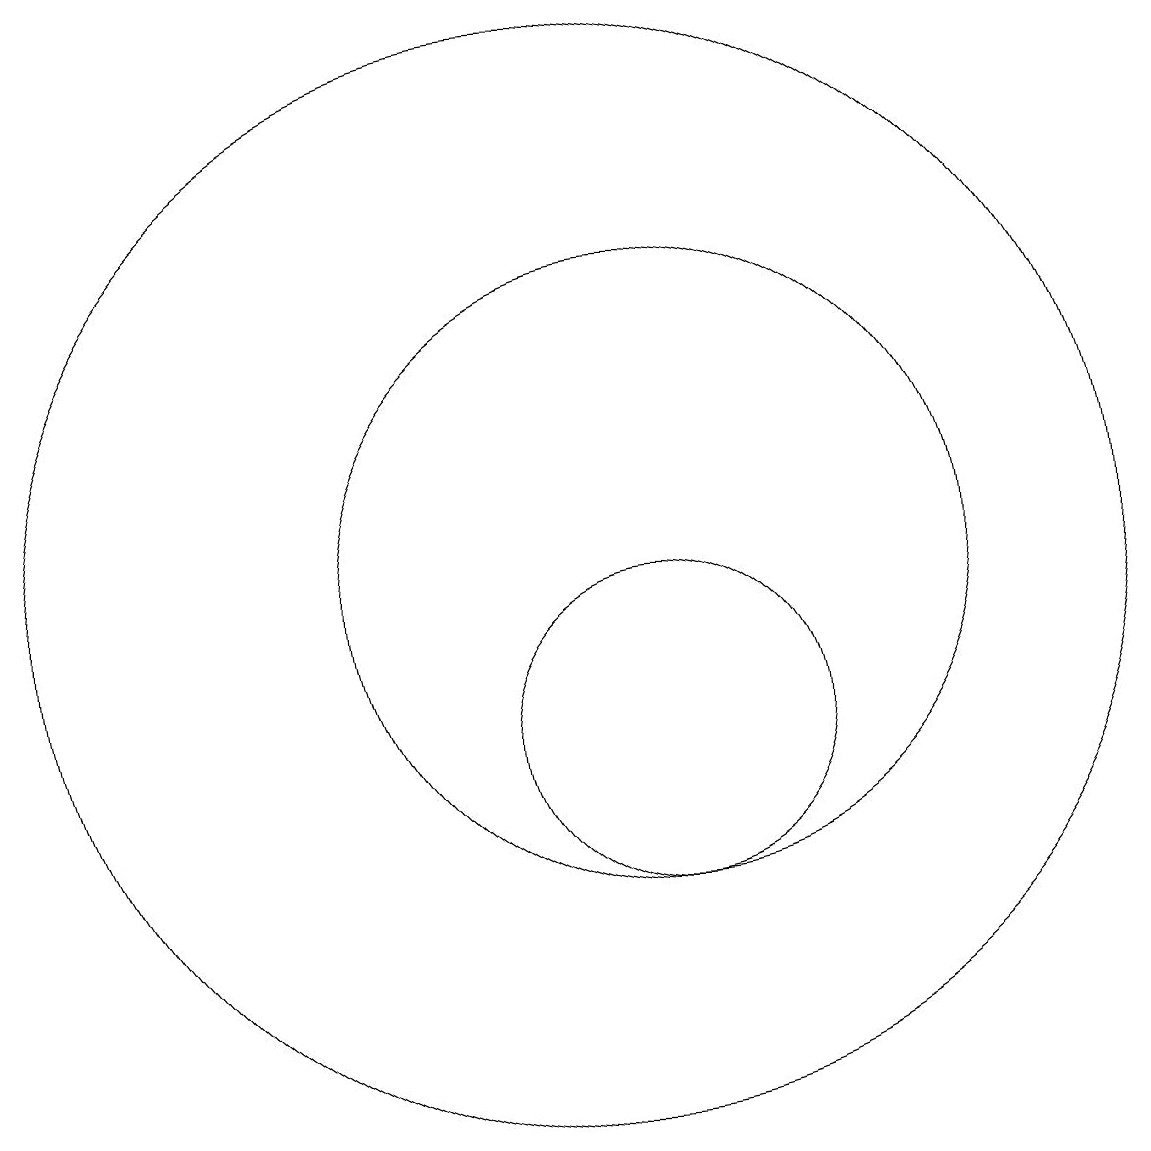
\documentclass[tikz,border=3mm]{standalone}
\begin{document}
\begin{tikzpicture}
\draw (10,12) circle (7);
\draw (11,12) circle (4);
\draw (11,10) circle (2);
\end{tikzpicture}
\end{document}